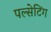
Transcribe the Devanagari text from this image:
पल्सेटिंग